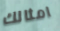
امثالك